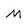
Character: M